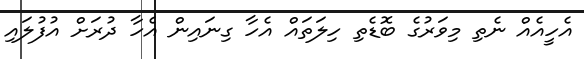
އެހީއެއް ނެތި މިވަރުގެ ބޮޑެތި ހިލަތައް އެހާ ގިނައިން އެހާ ދުރަށް އުފުލައި